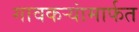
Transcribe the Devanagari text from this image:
गावकर्‍यांमार्फत